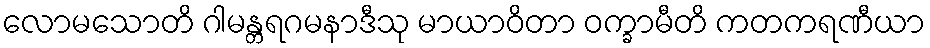
လောမသောတိ ဂါမန္တရဂမနာဒီသု မာယာဝိတာ ဝက္ခာမီတိ ကတကရဏီယာ